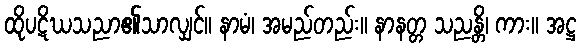
ထိုပဋိဃသညာ၏သာလျှင်။ နာမံ၊ အမည်တည်း။ နာနတ္တ သညန္တိ၊ ကား။ အဋ္ဌ